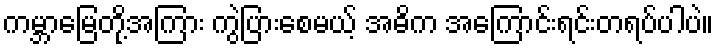
ကမ္ဘာမြေတို့အကြား ကွဲပြားစေမယ့် အဓိက အကြောင်းရင်းတရပ်ပါပဲ။